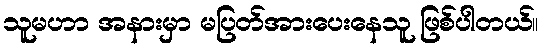
သူမဟာ အနားမှာ မပြတ်အားပေးနေသူ ဖြစ်ပါတယ်။